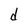
Character: d